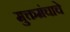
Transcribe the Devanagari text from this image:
मुक्तमंचाचे